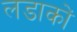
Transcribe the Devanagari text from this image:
लडाकों